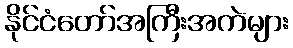
နိုင်ငံတော်အကြီးအကဲများ